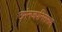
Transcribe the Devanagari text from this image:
ठमंनजपनिससश्